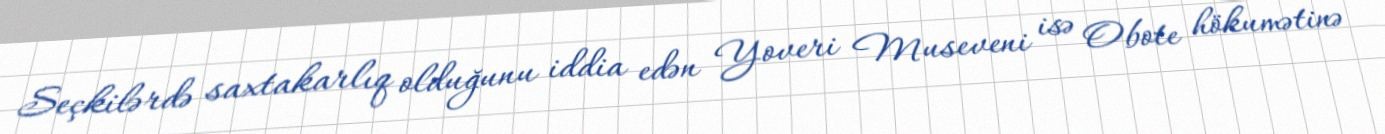
Seçkilərdə saxtakarlıq olduğunu iddia edən Yoveri Museveni isə Obote hökumətinə